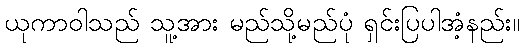
ယုကာဝါသည် သူ့အား မည်သို့မည်ပုံ ရှင်းပြပါအံ့နည်း။